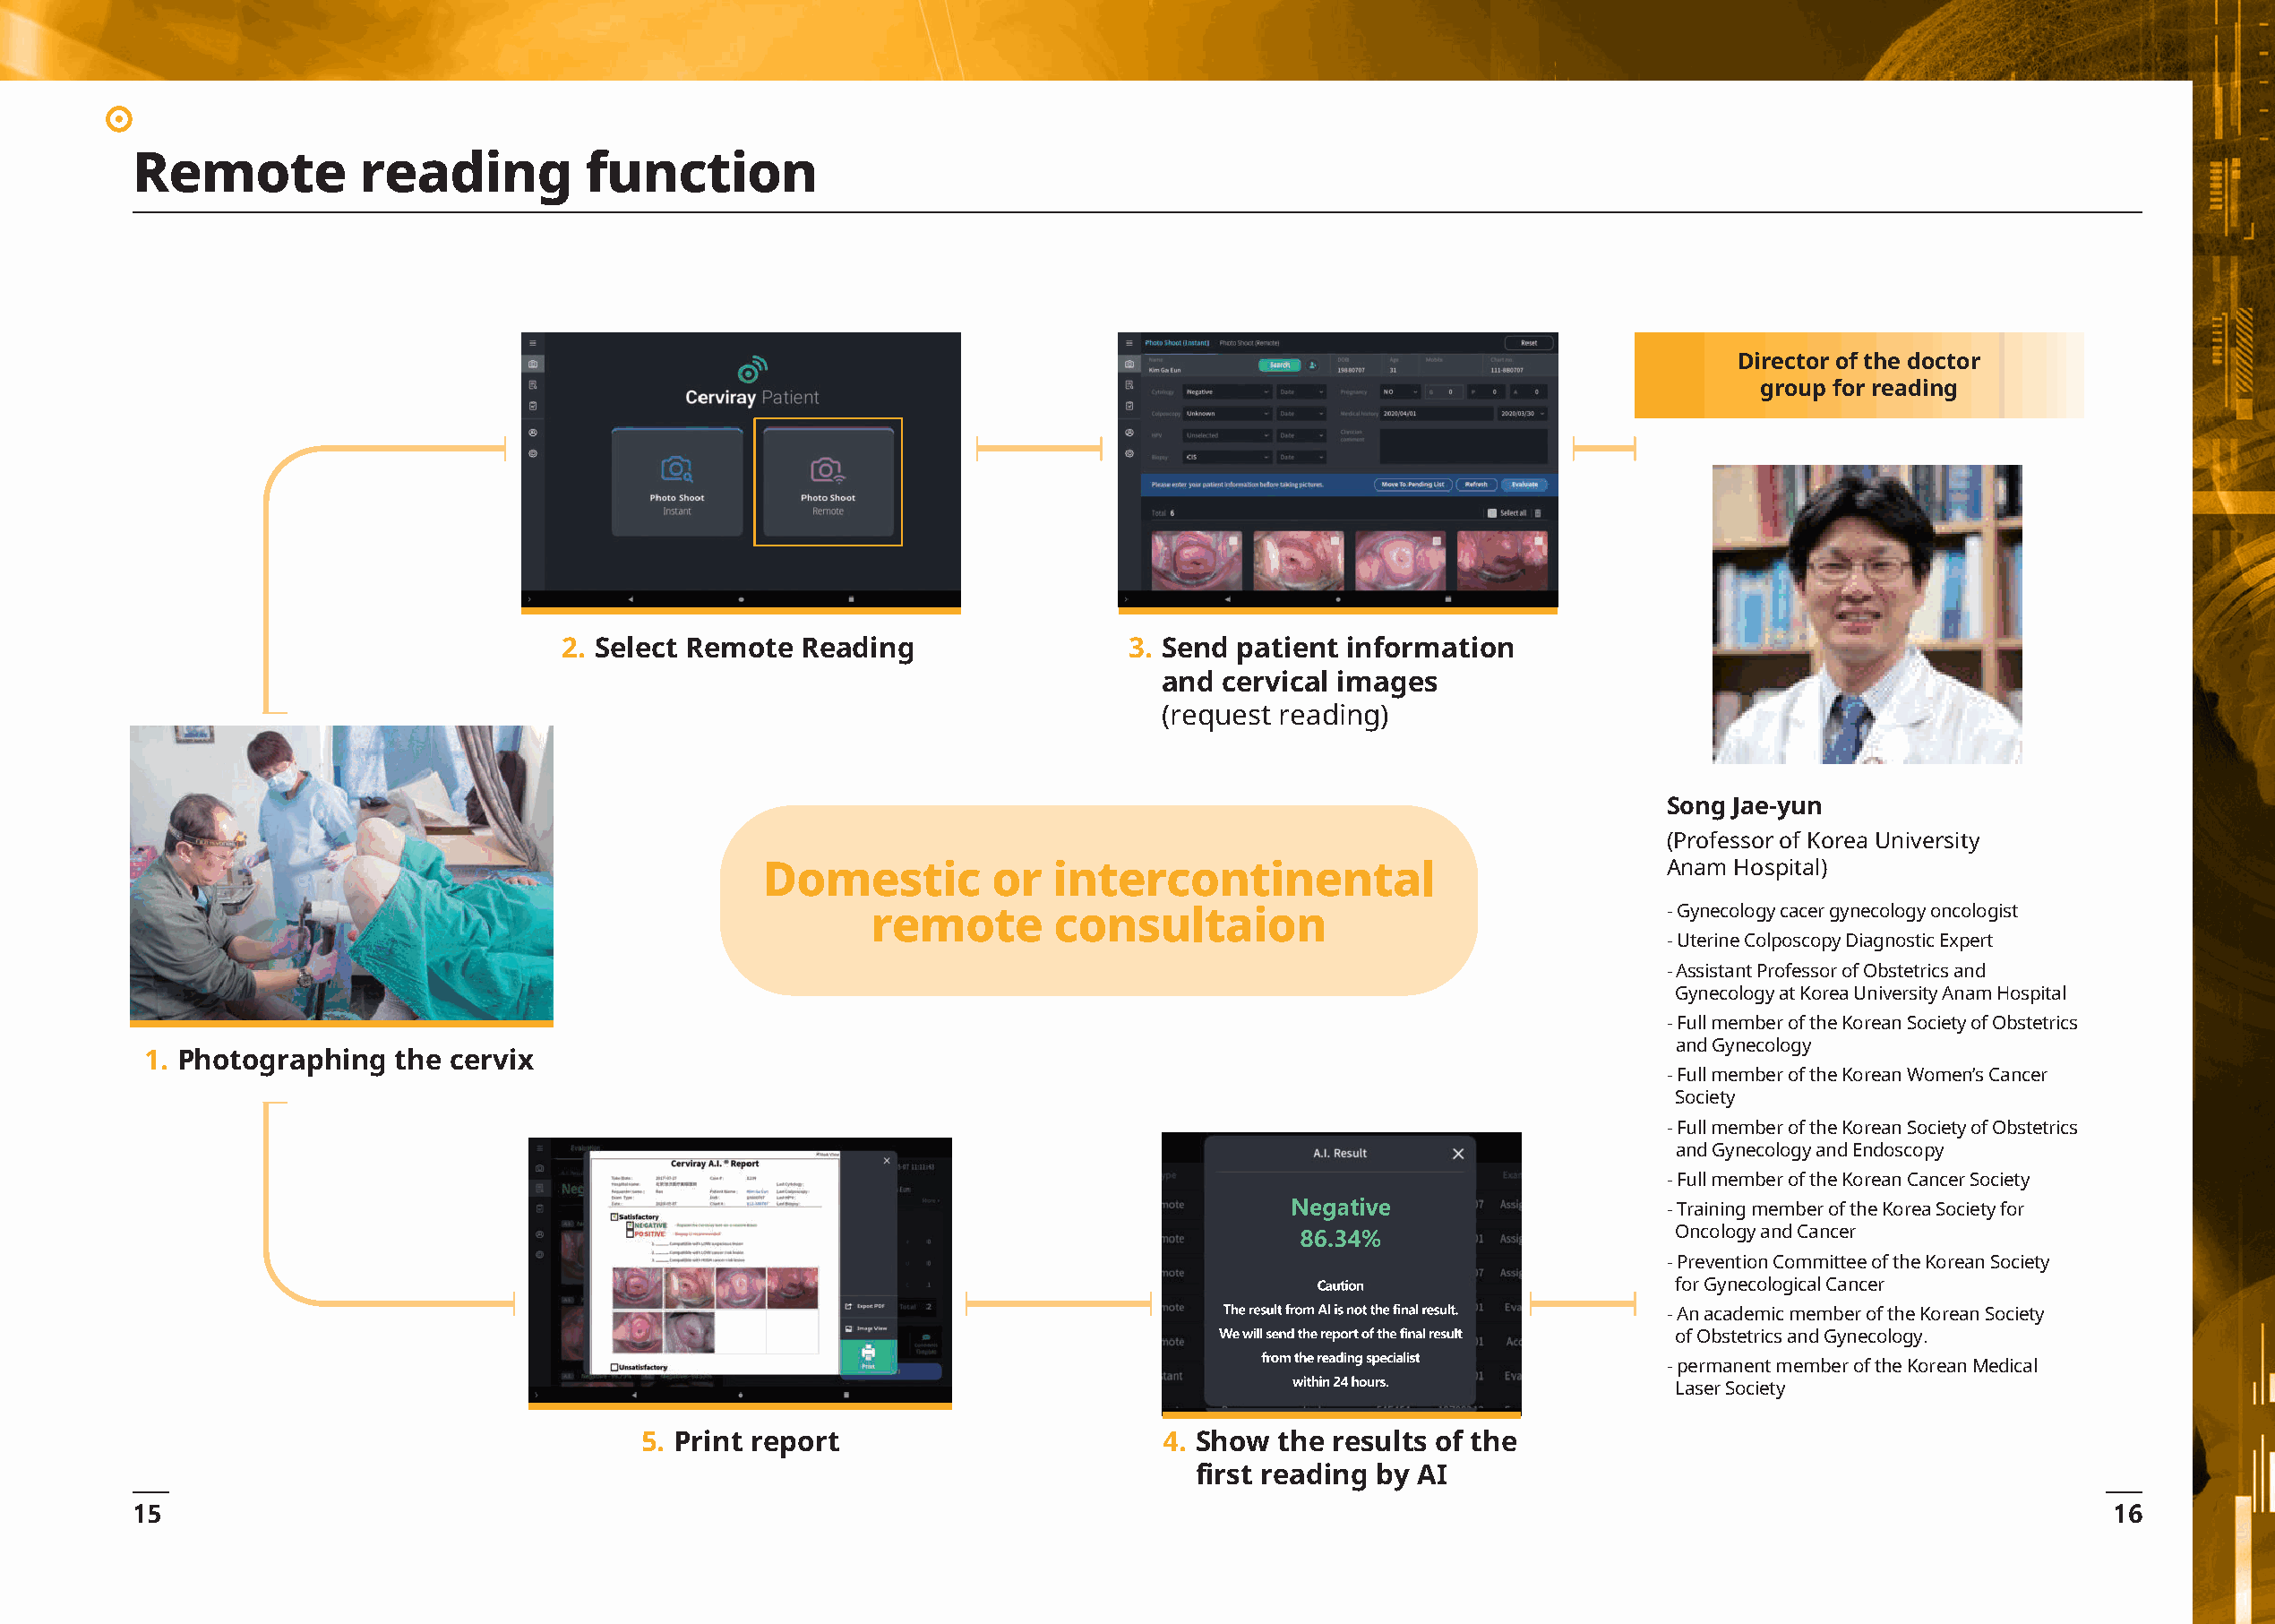
Remote           reading         function
 Director of the doctor
 group for reading
 2. Select Remote  Reading                 3. Send patient  information
 and cervical images
 (request reading)
 Song Jae-yun
 (Professor of Korea University
 Domestic         or   intercontinental                             Anam Hospital)
 remote        consultaion                                  - Gynecology cacer gynecology oncologist
 - Uterine Colposcopy Diagnostic Expert
 - Assistant Professor of Obstetrics and
 Gynecology at Korea University Anam Hospital
 - Full member of the Korean Society of Obstetrics
 and Gynecology
 1. Photographing  the cervix
 - Full member of the Korean Women’s Cancer
 Society
 - Full member of the Korean Society of Obstetrics
 and Gynecology and Endoscopy
 - Full member of the Korean Cancer Society
 - Training member of the Korea Society for
 Oncology and Cancer
 - Prevention Committee of the Korean Society
 for Gynecological Cancer
 - An academic member of the Korean Society
 of Obstetrics and Gynecology.
 - permanent member of the Korean Medical
 Laser Society
 5. Print report                        4. Show the results of the
 first reading by AI
 15                                                                                                                                                16